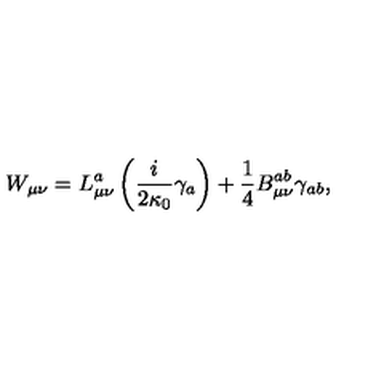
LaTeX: W _ { \mu \nu } = L _ { \mu \nu } ^ { a } \left( \frac { i } { 2 \kappa _ { 0 } } \gamma _ { a } \right) + \frac { 1 } { 4 } B _ { \mu \nu } ^ { a b } \gamma _ { a b } ,